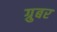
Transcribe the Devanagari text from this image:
ग्रुबर